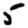
Digit: 5